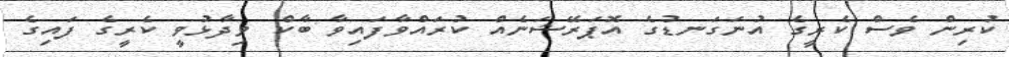
ކުރިން ވެސް ކެރީގެ އުނަގަނޑުގެ އޮޕަރޭޝަނެއް ކުރައްވާފައިވާ ބާކް ވިދާޅުވީ ކެރީގެ ފައިގެ